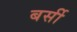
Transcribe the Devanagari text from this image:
बर्सी